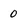
Character: 0